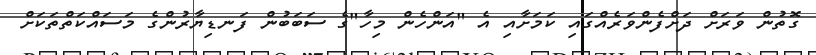
ގޮތުން ވަރަށް ދަށްފެންވަރެއްގައި ކަމަށާއި އެ "އަންހެން މިހާ"ގެ ސަބަބުން ފަނޑިޔާރުންގެ މަސައްކަތްތަކަށް